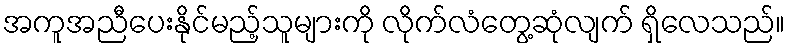
အကူအညီပေးနိုင်မည့်သူများကို လိုက်လံတွေ့ဆုံလျက် ရှိလေသည်။